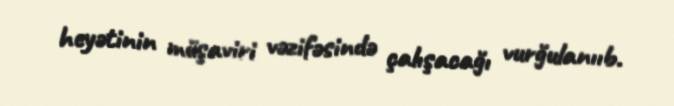
heyətinin müşaviri vəzifəsində çalışacağı vurğulanııb.